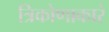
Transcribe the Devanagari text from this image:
त्रिकोणाकारं